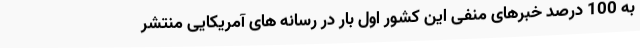
به 100 درصد خبرهای منفی این کشور اول بار در رسانه های آمریکایی منتشر